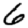
Digit: 6